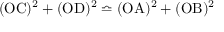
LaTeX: ( \mathrm { O C } ) ^ { 2 } + ( \mathrm { O D } ) ^ { 2 } \bumpeq ( \mathrm { O A } ) ^ { 2 } + ( \mathrm { O B } ) ^ { 2 }